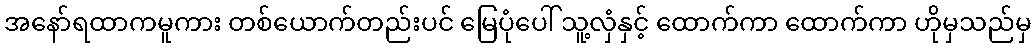
အနော်ရထာကမူကား တစ်ယောက်တည်းပင် မြေပုံပေါ် သူ့လှံနှင့် ထောက်ကာ ထောက်ကာ ဟိုမှသည်မှ